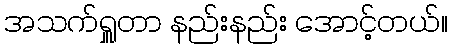
အသက်ရှူတာ နည်းနည်း အောင့်တယ်။